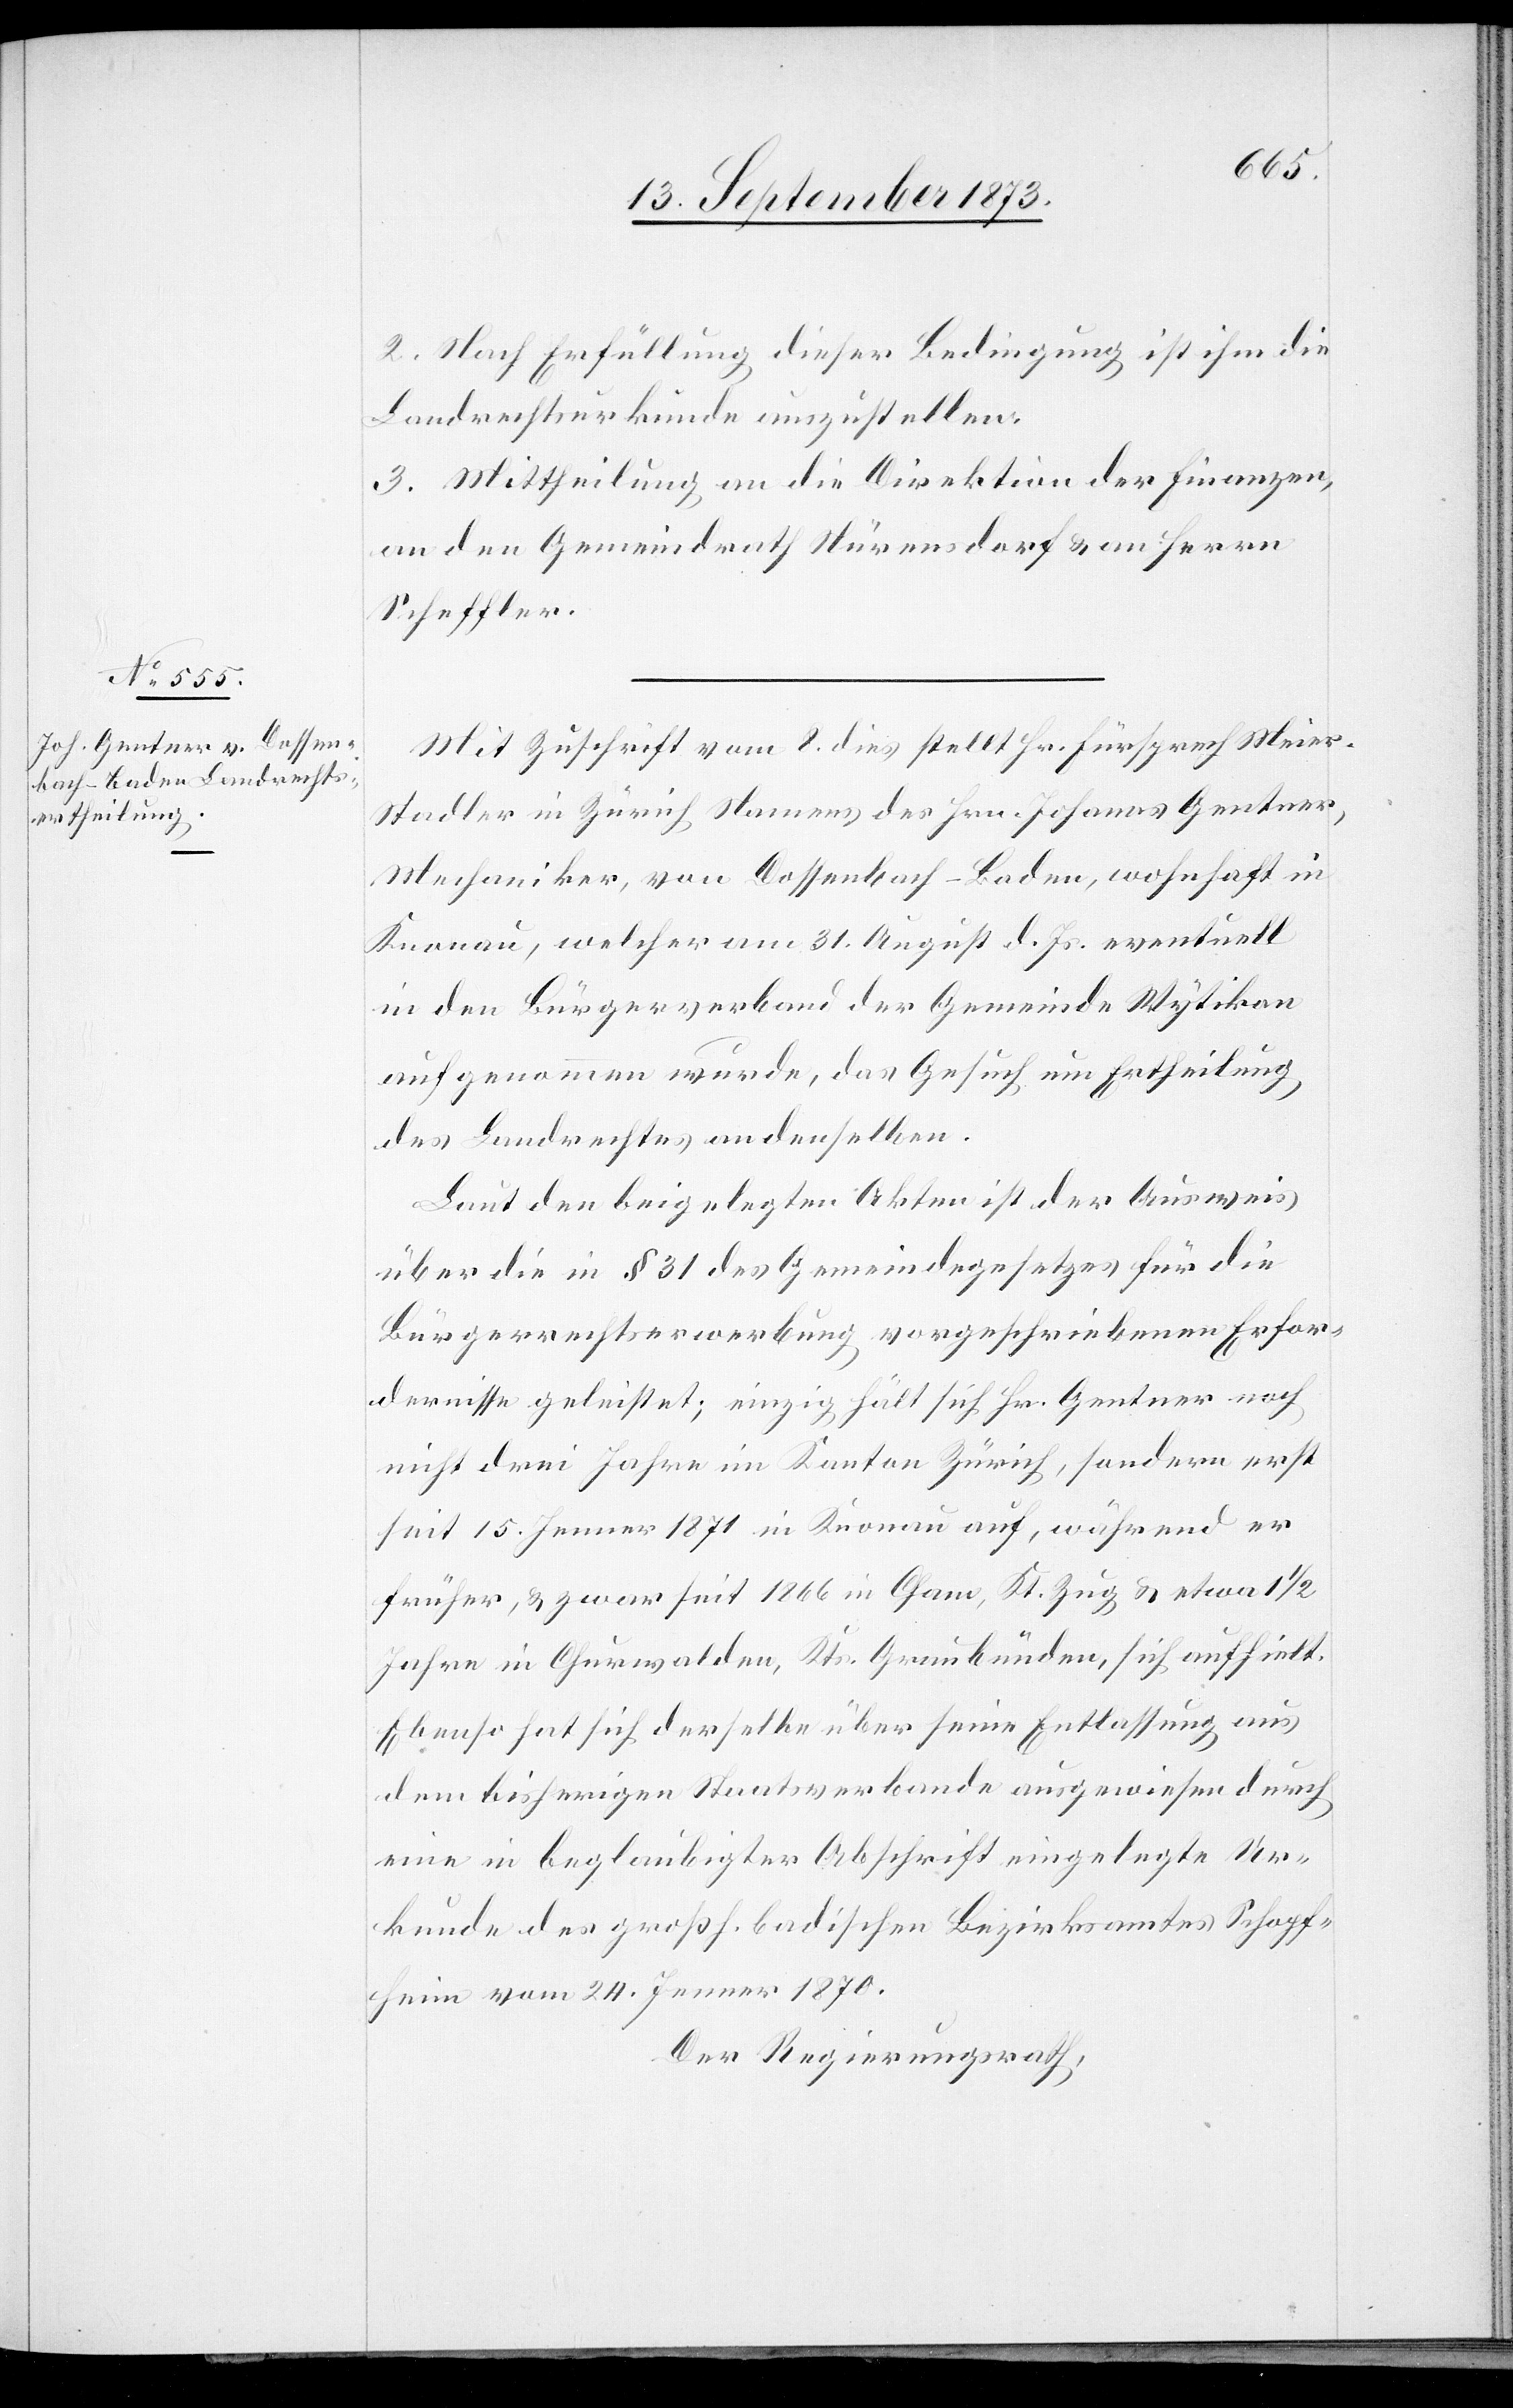
2. Nach Erfüllung dieser Bedingung ist ihm die
Landrechtsurkunde auszustellen.
3. Mittheilung an die Direktion der Finanzen,
an den Gemeindrath Nürensdorf & an Herrn
Scheffler.
Mit Zuschrift vom 8. dies stellt Hr. Fürsprech Meier-S¬
tadler in Zürich Namens des Hrn. Johannes Gentner,
Mechaniker, von Dossenbach-Baden, wohnhaft in
Knonau, welcher am 31. August d. Js. eventuell
in den Bürgerverband der Gemeinde Wytikon
aufgenommen wurde, das Gesuch um Ertheilung
des Landrechtes an denselben.
Laut den beigelegten Akten ist der Ausweis
über die in § 31 des Gemeindegesetzes für die
Bürgerrechtserwerbung vorgeschriebenen Erfor¬
dernisse geleistet; einzig hält sich Hr. Gentner noch
nicht drei Jahre im Kanton Zürich, sondern erst
seit 15. Jenner 1871 in Knonau auf, während er
früher, & zwar seit 1866 in Cham, Kt. Zug & etwa 1 1/2
Jahre in Churwalden, Kts. Graubünden, sich aufhielt.
Ebenso hat sich derselbe über seine Entlassung aus
dem bisherigen Staatsverbande ausgewiesen durch
eine in beglaubigter Abschrift eingelegte Ur¬
kunde des großh. badischen Bezirksamtes Schopf¬
heim vom 24. Jenner 1870.
Der Regierungsrath,